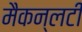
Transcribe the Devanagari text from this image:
मैकन्लटी